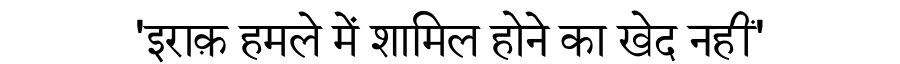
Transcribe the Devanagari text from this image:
'इराक़ हमले में शामिल होने का खेद नहीं'